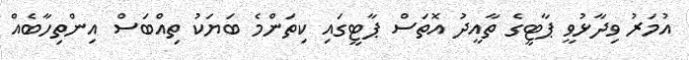
އުމަރު ވިދާޅުވީ ޕާޓީގެ ތާއީދު އޮތަސް ޕާޓީގައި ކިތަންމެ ބަޔަކު ތިއްބަސް އިންތިހާބެއް